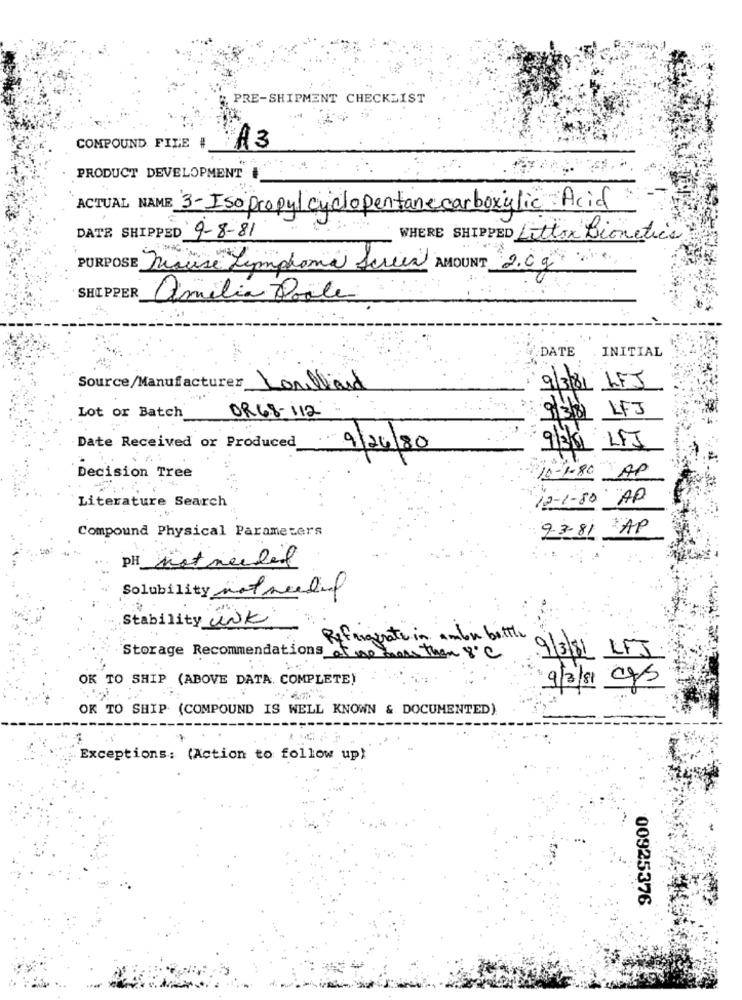
PRE-SHIPMENT CHECKLIST
COMPOUND FILE #
PRODUCT DEVELOPMENT
ACTUAL NAME 3-Iso propyl cyclopentane carboxylic Acid
DATE SHIPPED 9-8-81
WHERE SHIPPED Littox Bionetics
PURPOSE Riccise Lymphoma Sereia AMOUNT 2.0 g
SHOPPER Amilia Poole
DATE .INITIAL
9/3/81 LFJ
Source/Manufacturer Roulland
9/318 LFJ
Lot or Batch
OR68-112
Date Received or Produced
9/24/80
9135 LFT
Decision Tree
10-1.80 AP
Literature Search
12-1-80 AP
Compound Physical Parameters
9.3-81
AP
PH not needed
Solubility not needed
Stability UNK
Refrigerate in ambon bottle
Storage Recommendations of me more than 8℃
9/3/81 LFJ
OK TO SHIP (ABOVE DATA. COMPLETE)
9/3/81 ggs
OK TO SHIP (COMPOUND IS WELL KNOWN & DOCUMENTED)
Exceptions: (Action to follow up)
00925376